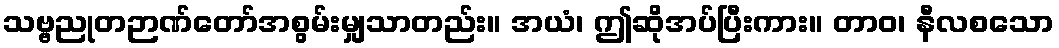
သဗ္ဗညုတဉာဏ်တော်အစွမ်းမျှသာတည်း။ အယံ၊ ဤဆိုအပ်ပြီးကား။ တာဝ၊ နီလစသော